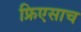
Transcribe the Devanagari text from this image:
फ्रिएसाच